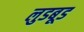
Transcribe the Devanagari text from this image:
लुडबूड